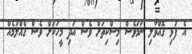
އެ ފުޅި ގޮއްވާލި ނަމަވެސް މިސްކިތަށް ވެސް އަދި މީހަކަށް ވެސް ގެއްލުމެއް